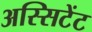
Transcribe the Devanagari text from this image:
अस्सिटेंट